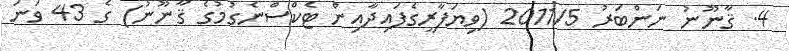
4. ޤާނޫނު ނަންބަރު 2011/5 (ވިޔަފާރީގެފައިދާއިން ޓެކްސްނެގުމުގެ ޤާނޫނު) ގެ 43 ވަނަ